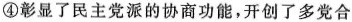
④彰显了民主党派的协商功能，开创了多党合